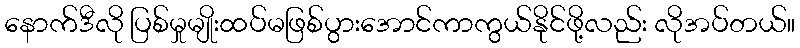
နောက်ဒီလို ပြစ်မှုမျိုးထပ်မဖြစ်ပွားအောင်ကာကွယ်နိုင်ဖို့လည်း လိုအပ်တယ်။